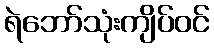
ရဲဘော်သုံးကျိပ်ဝင်